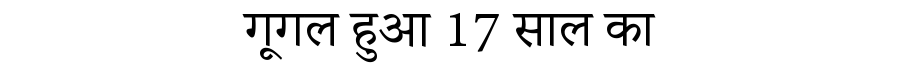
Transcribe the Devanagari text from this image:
गूगल हुआ 17 साल का